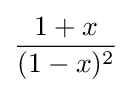
{\frac {1+x}{(1-x)^{2}}}